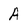
Character: A